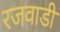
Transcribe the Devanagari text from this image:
रजवाडी